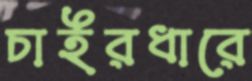
চাইরধারে